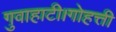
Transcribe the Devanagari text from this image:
गुवाहाटी।गोहत्ती